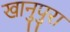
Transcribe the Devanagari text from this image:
खानुपुरा